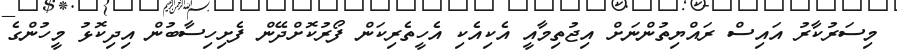
މިސަރުކާރު އައިސް ރައްޔިތުންނަށް އިޖުތިމާއީ އެކިއެކި އެހީތެރިކަން ފޯރުކޮށްދޭން ފެށިހިސާބުން އިދިކޮޅު މީހުންގެ